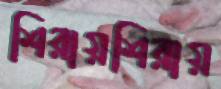
শিরায়শিরায়